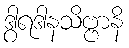
ဒွါရဒါနသိဗ္ဗာနိ